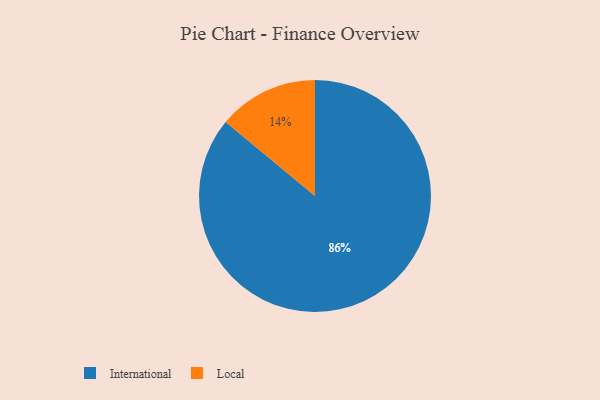
{"axis": {"x": "Category", "y": "Percentage"}, "legend": ["International", "Local"], "data": [{"x": "Local", "y": 14, "type": "Local"}, {"x": "International", "y": 86, "type": "International"}]}